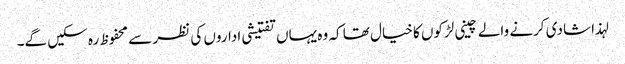
لہذا شادی کرنے والے چینی لڑکوں کا خیال تھا کہ وہ یہاں تفتیشی اداروں کی نظر سے محفوظ رہ سکیں گے۔